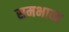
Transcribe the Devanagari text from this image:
समभाव्य